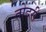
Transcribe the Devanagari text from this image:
तोदरी